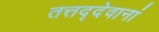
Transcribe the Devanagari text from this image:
तत्तद्देवानां